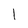
Character: l